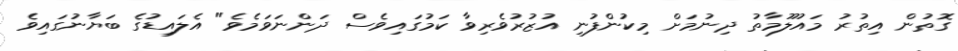
ގޮތުން އިތުރު މައުލޫމާތު ދިނުމަށް މިކުންފުނި އުޒުރުވެރިވާ ކަމުގައިވެސް ދަންނަވަމެވެ" އެލައިޑުގެ ބަޔާނުގައިވެ